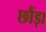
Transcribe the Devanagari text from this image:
छौंड़ा